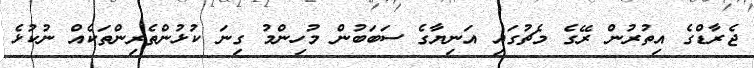
ޖެރާޑްގެ އިތުރުން ރޭގެ މެޗުގައި އަނިޔާގެ ސަބަބުން މުހިންމު ގިނަ ކުޅުންތެރިންތަކެއް ނުކުޅެ